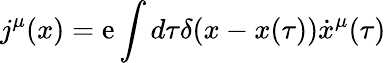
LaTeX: j^{\mu}(x)=\mathrm{e}\int{d\tau\delta(x-x(\tau))\dot{{x}}^{\mu}(\tau)}